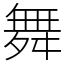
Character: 舞